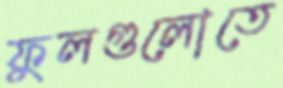
ফুলগুলোতে